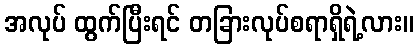
အလုပ် ထွက်ပြီးရင် တခြားလုပ်စရာရှိရဲ့လား။